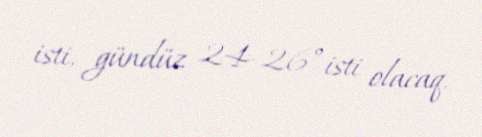
isti, gündüz 24-26° isti olacaq.